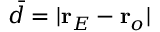
\bar { d } = \vert \mathbf { r } _ { E } - \mathbf { r } _ { o } \vert